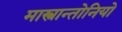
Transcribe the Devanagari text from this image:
मास्त्रान्तोनियो